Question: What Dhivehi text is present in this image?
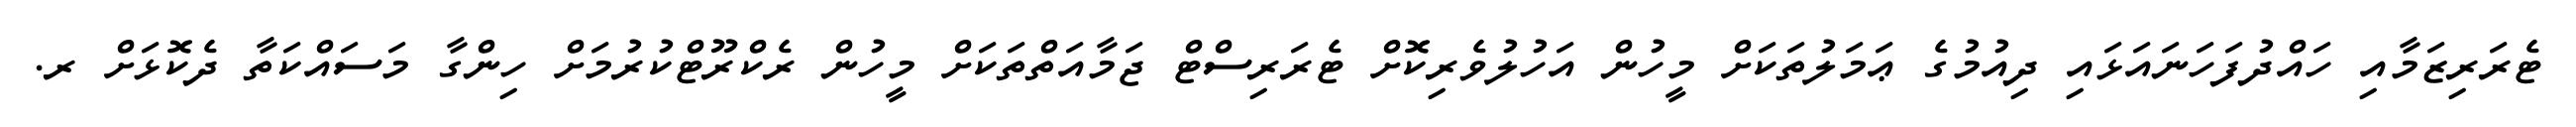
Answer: ޓެރަރިޒަމާއި ހައްދުފަހަނައަޅައި ދިއުމުގެ ޢަމަލުތަކަށް މީހުން އަހުލުވެރިކޮށް ޓެރަރިސްޓް ޖަމާއަތްތަކަށް މީހުން ރެކްރޫޓްކުރުމަށް ހިންގާ މަސައްކަތާ ދެކޮޅަށް ރ.